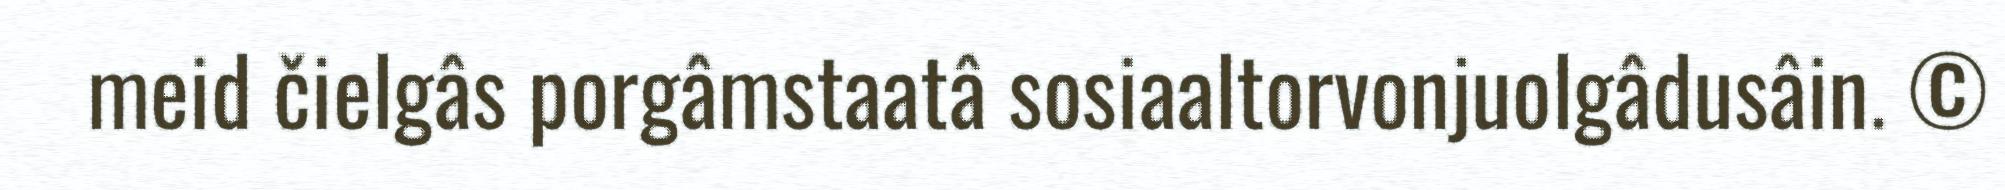
meid čielgâs porgâmstaatâ sosiaaltorvonjuolgâdusâin. ©